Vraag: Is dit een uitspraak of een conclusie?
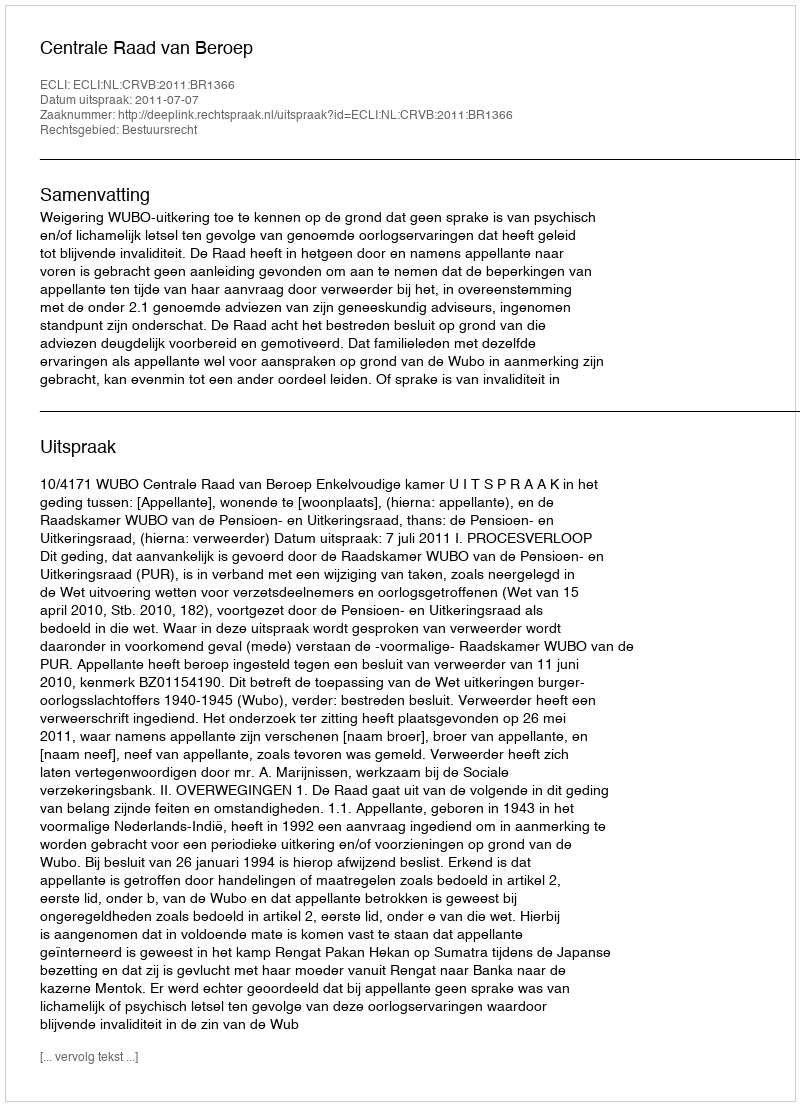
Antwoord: Uitspraak